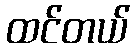
ထင်တယ်